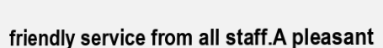
friendly service from all staff.A pleasant